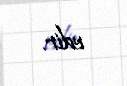
edir.